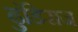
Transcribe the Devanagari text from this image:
ढुंडिराज